65_HS1-834228961_62-HQ-83894_Section_6
Agency: FBI
Page 105
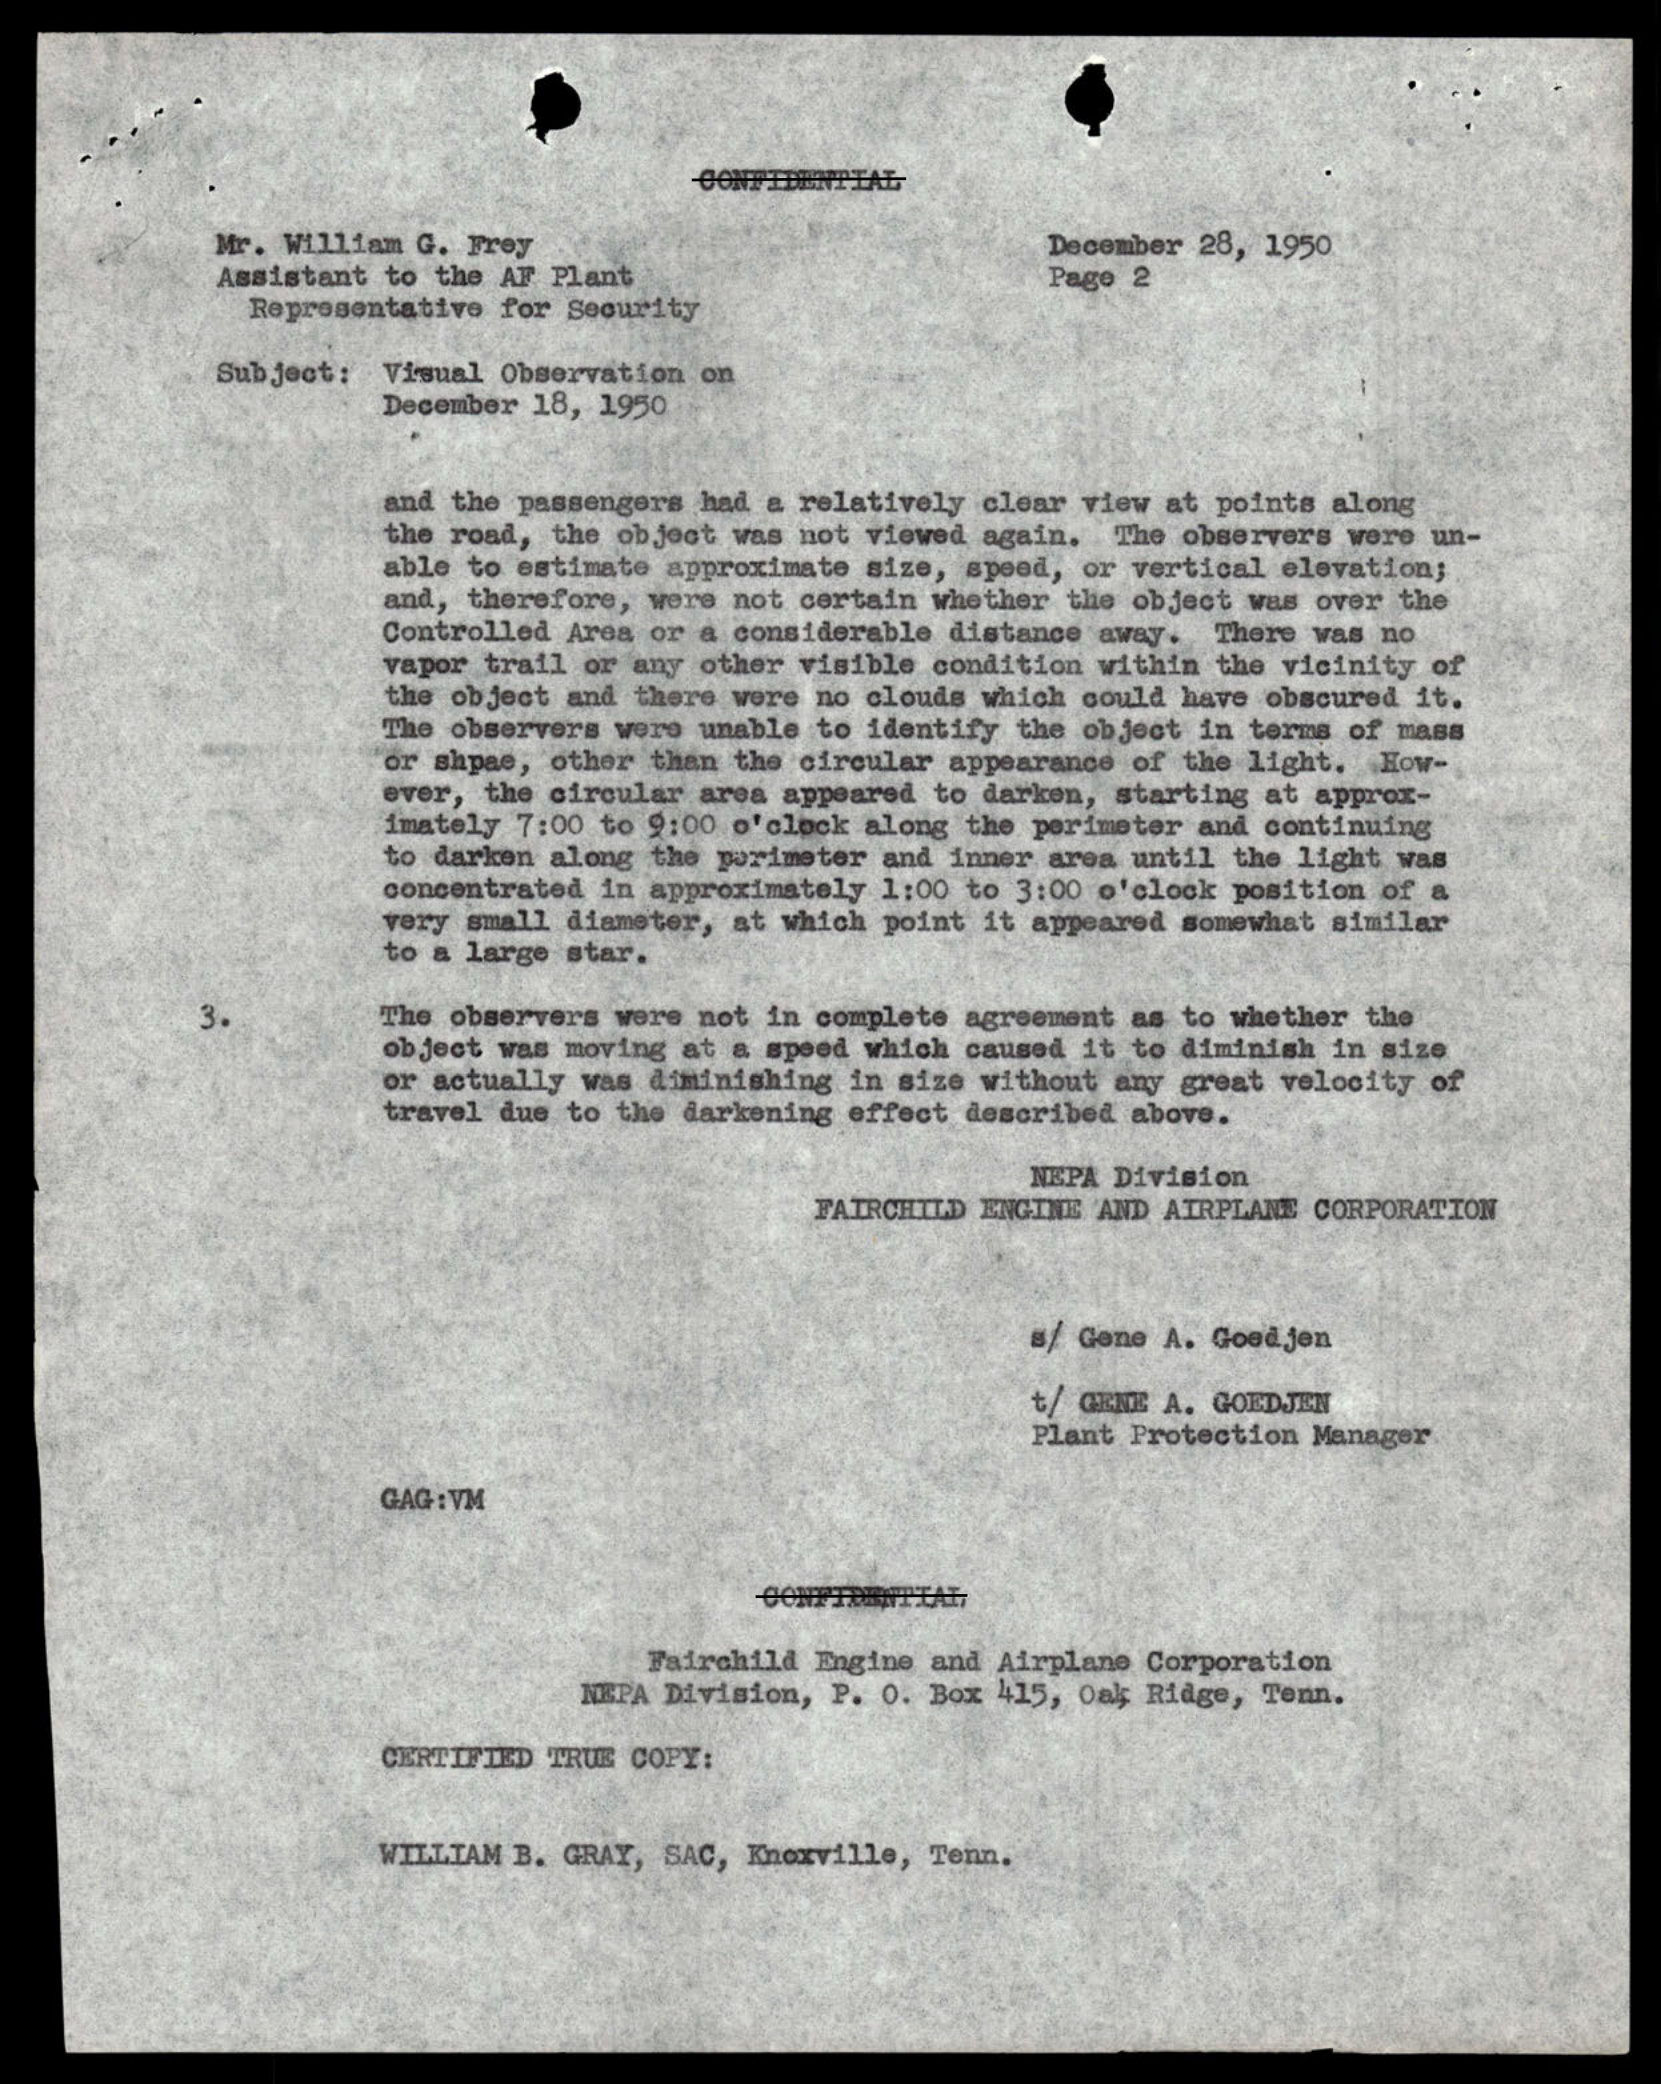